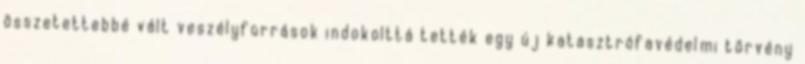
összetettebbé vált veszélyforrások indokolttá tették egy új katasztrófavédelmi törvény